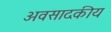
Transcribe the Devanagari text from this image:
अवसादकीय